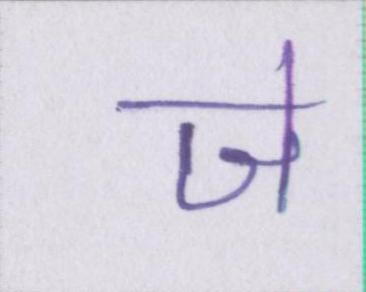
जे